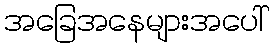
အခြေအနေများအပေါ်